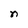
Character: n